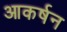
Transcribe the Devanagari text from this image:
आकर्षन